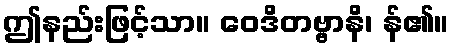
ဤနည်းဖြင့်သာ။ ဝေဒိတဗ္ဗာနိ၊ န်၏။